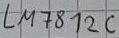
Text: LM812C